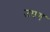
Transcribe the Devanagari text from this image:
उपंग